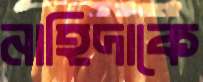
নাহিদাকে